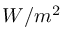
W / m ^ { 2 }